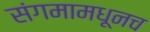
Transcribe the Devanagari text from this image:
संगमामधूनच